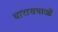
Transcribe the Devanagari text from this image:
धारासभाओं